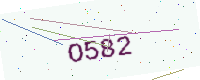
Text: O582